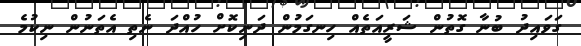
ގަވައިދު ބުނާ ގޮތުން ޝަރީއަތެއް ހިނގަމުން ދަނިކޮށް ހުއްދަ ނެތި އެތަނުން ނިކުމެ